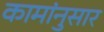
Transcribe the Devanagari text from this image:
कामांनुसार